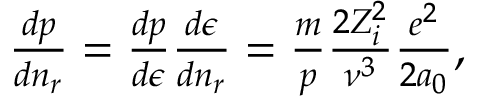
\begin{array} { r } { \frac { d p } { d n _ { r } } = \frac { d p } { d \epsilon } \frac { d \epsilon } { d n _ { r } } = \frac { m } { p } \frac { 2 Z _ { i } ^ { 2 } } { \nu ^ { 3 } } \frac { e ^ { 2 } } { 2 a _ { 0 } } , } \end{array}